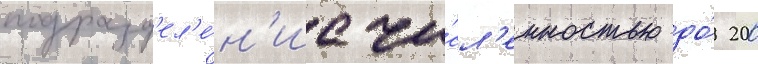
подразд'ел'е́н'ие чи́сл'енностью до́ 200